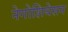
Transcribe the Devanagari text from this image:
नेगोशियेसन